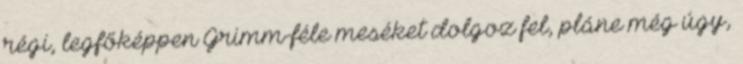
régi, legfőképpen Grimm-féle meséket dolgoz fel, pláne még úgy,